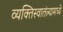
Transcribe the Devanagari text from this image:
व्यक्तिस्वातंत्र्यामध्ये